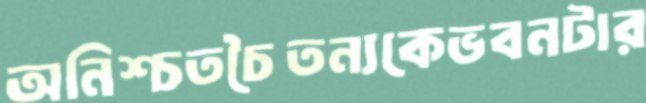
অনিশ্চতচৈতন্যকেভবনটার